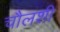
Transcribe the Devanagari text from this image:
चौलशी